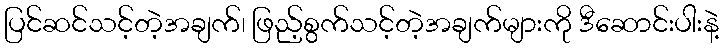
ပြင်ဆင်သင့်တဲ့အချက်၊ ဖြည့်စွက်သင့်တဲ့အချက်များကို ဒီဆောင်းပါးနဲ့